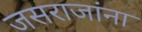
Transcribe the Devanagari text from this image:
जसराजांना